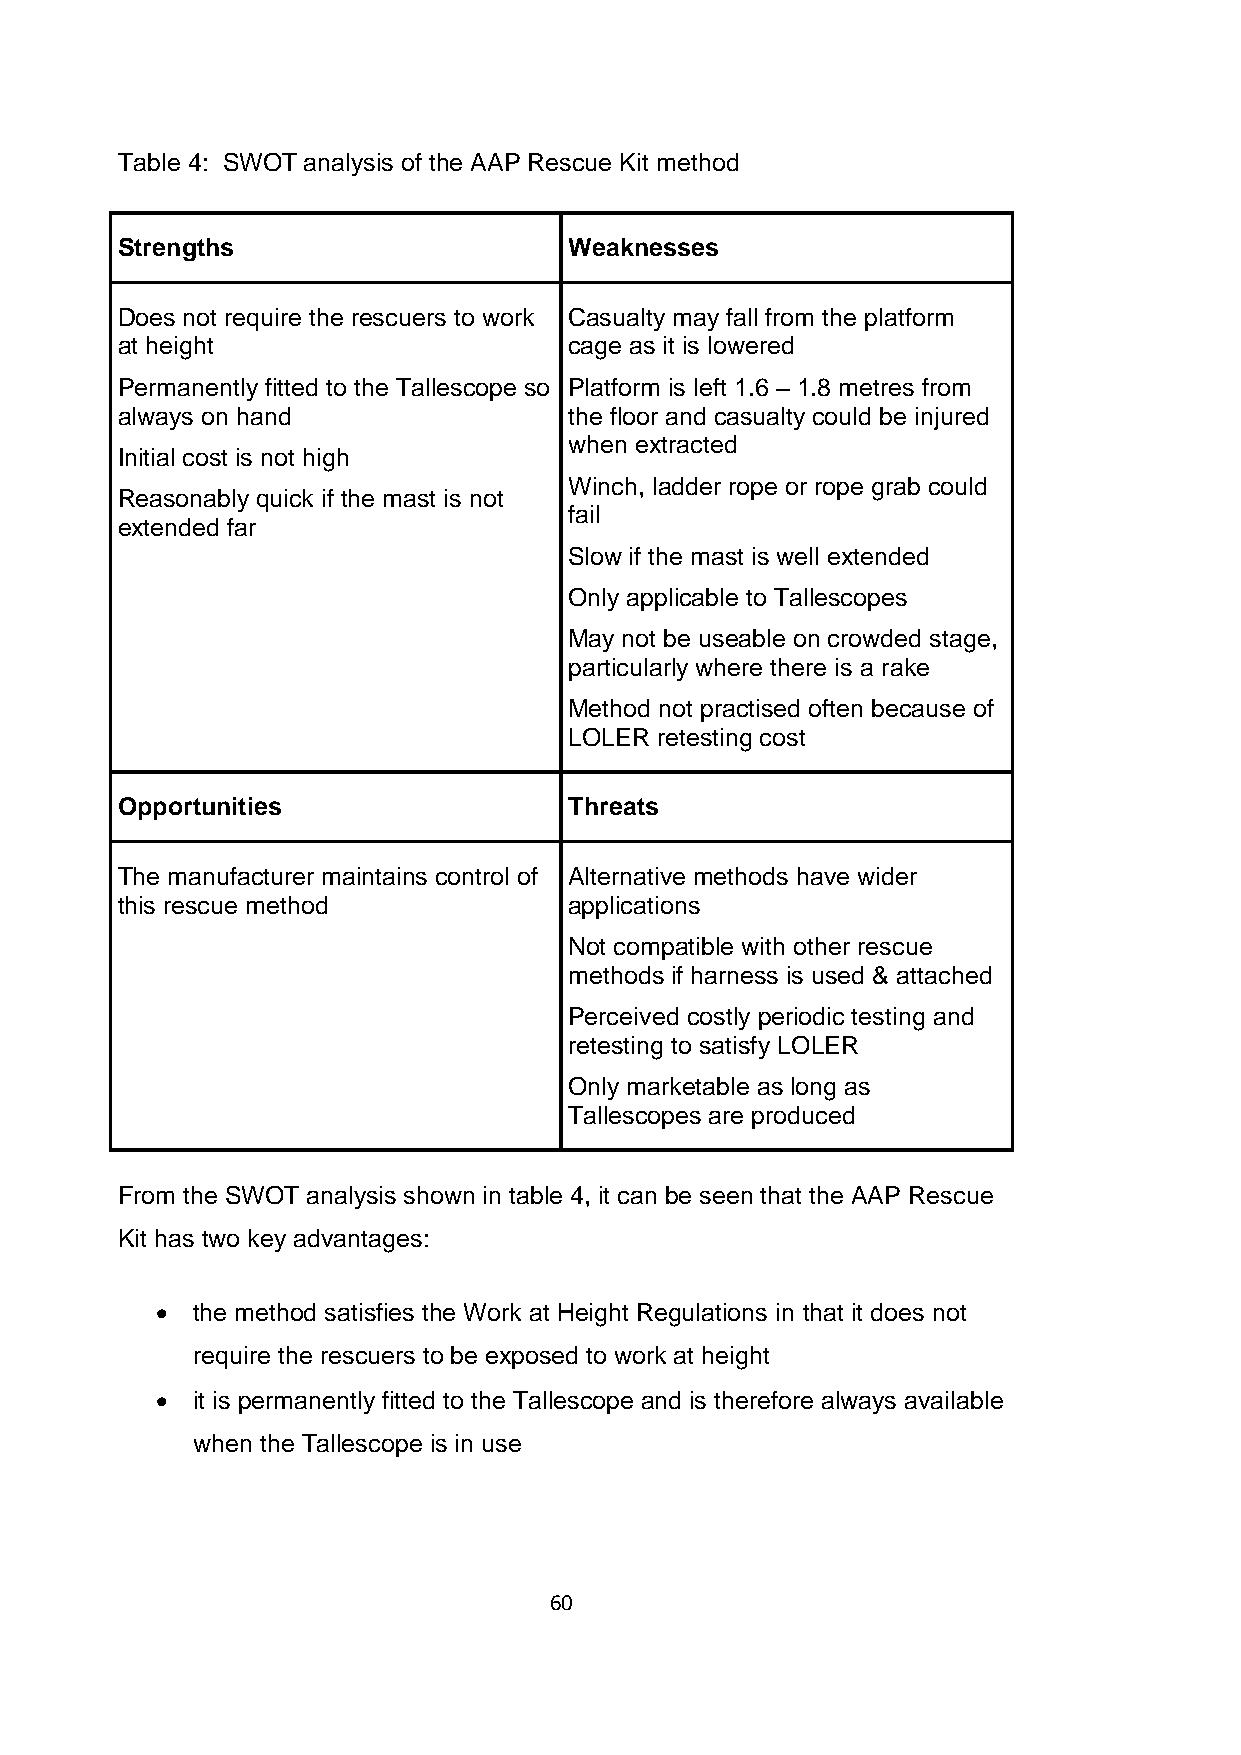
Table 4: SWOT analysis of the AAP Rescue Kit method
 Strengths                     Weaknesses
 Does not require the rescuers to work Casualty may fall from the platform
 at height                     cage as it is lowered
 Permanently fitted to the Tallescope so Platform is left 1.6 – 1.8 metres from
 always on hand                the floor and casualty could be injured
 when extracted
 Initial cost is not high
 Winch, ladder rope or rope grab could
 Reasonably quick if the mast is not
 fail
 extended far
 Slow if the mast is well extended
 Only applicable to Tallescopes
 May not be useable on crowded stage,
 particularly where there is a rake
 Method not practised often because of
 LOLER retesting cost
 Opportunities                 Threats
 The manufacturer maintains control of Alternative methods have wider
 this rescue method            applications
 Not compatible with other rescue
 methods if harness is used & attached
 Perceived costly periodic testing and
 retesting to satisfy LOLER
 Only marketable as long as
 Tallescopes are produced
 From the SWOT analysis shown in table 4, it can be seen that the AAP Rescue
 Kit has two key advantages:
   the method satisfies the Work at Height Regulations in that it does not
 require the rescuers to be exposed to work at height
   it is permanently fitted to the Tallescope and is therefore always available
 when the Tallescope is in use
 60